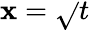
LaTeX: \mathbf{x}={\sqrt{}{{t}}}